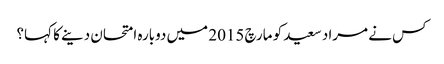
کس نے مراد سعید کو مارچ 2015 میں دوبارہ امتحان دینے کا کہا؟